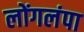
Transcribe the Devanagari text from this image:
लोंगलंपा